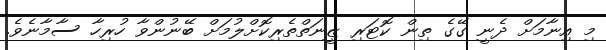
މި އިނާމަށް ދެނީ ގޭގެ ތިން ކޮޓަރި ޒީނަތްތެރިކޮށްލުމަށް ބޭނުންވާ ހުރިހާ ސާމާނެވެ.